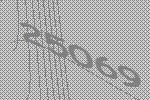
25069